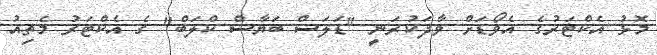
މޮޅު އެކްޓަރުގެ އެވޯޑަށް ވާދަކުރަނީ "ޑަލަސް ބަޔާސް ކްލަބް" ގެ އެކްޓަރު މެތިއު